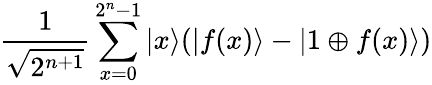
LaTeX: {\frac{1}{\sqrt{2^{n+1}}}}\sum_{x=0}^{2^{n}-1}|x\rangle(|f(x)\rangle-|1\oplus f(x)\rangle)